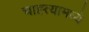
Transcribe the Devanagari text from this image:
चाह्त्यामध्ये